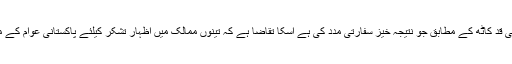
بلاشبہ چین نے اپنی گہری دوستی ہی نہیں بلکہ اپنے حقیقی اور مسلسل بڑھتے عالمی قد کاٹھ کے مطابق جو نتیجہ خیز سفارتی مدد کی ہے اسکا تقاضا ہے کہ تینوں ممالک میں اظہارِ تشکر کیلئے پاکستانی عوام کے منتخب نمائندوں کے وفود بھیجے جائیں جس میں اپوزشن کی نمائندگی بھی لازم ہو۔